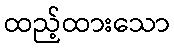
ထည့်ထားသော